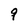
Character: 9